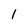
Character: 1